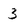
Character: 3